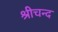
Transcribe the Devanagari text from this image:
श्रीचन्द